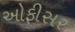
ઓફીસર